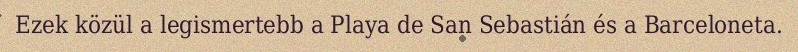
Ezek közül a legismertebb a Playa de San Sebastián és a Barceloneta.